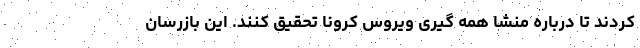
کردند تا درباره منشا همه گیری ویروس کرونا تحقیق کنند. این بازرسان